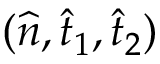
( \widehat { n } , \widehat { t } _ { 1 } , \widehat { t } _ { 2 } )